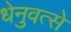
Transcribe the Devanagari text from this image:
धेनुवत्से